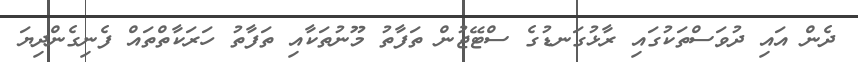
ދެން އައި ދުވަސްތަކުގައި ރާޅުގަނޑުގެ ސްޓޭޖުން ތަފާތު މޫނުތަކާއި ތަފާތު ހަރަކާތްތައް ފެނިގެންދިޔަ